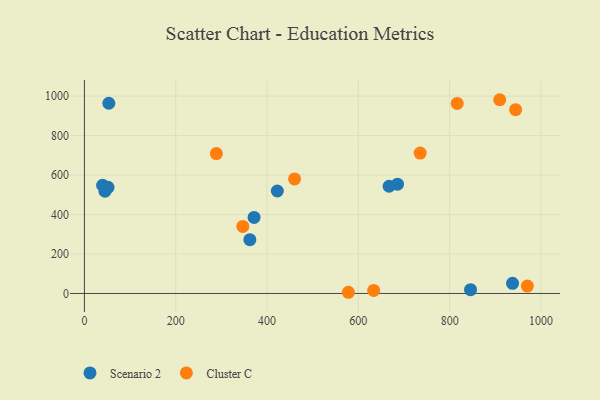
{"axis": {"x": "Speed", "y": "Rating"}, "legend": ["Cluster C", "Scenario 2"], "data": [{"x": "667.4", "y": 543.3, "type": "Scenario 2"}, {"x": "53.5", "y": 964.0, "type": "Scenario 2"}, {"x": "845.8", "y": 19.0, "type": "Scenario 2"}, {"x": "685.8", "y": 553.8, "type": "Scenario 2"}, {"x": "937.8", "y": 51.3, "type": "Scenario 2"}, {"x": "51.7", "y": 537.8, "type": "Scenario 2"}, {"x": "45.1", "y": 518.0, "type": "Scenario 2"}, {"x": "422.6", "y": 519.3, "type": "Scenario 2"}, {"x": "39.9", "y": 548.4, "type": "Scenario 2"}, {"x": "362.4", "y": 272.4, "type": "Scenario 2"}, {"x": "371.6", "y": 385.5, "type": "Scenario 2"}, {"x": "735.5", "y": 711.3, "type": "Cluster C"}, {"x": "633.6", "y": 15.3, "type": "Cluster C"}, {"x": "460.4", "y": 580.7, "type": "Cluster C"}, {"x": "347.0", "y": 339.5, "type": "Cluster C"}, {"x": "909.7", "y": 981.9, "type": "Cluster C"}, {"x": "578.2", "y": 6.0, "type": "Cluster C"}, {"x": "816.6", "y": 963.0, "type": "Cluster C"}, {"x": "944.5", "y": 931.6, "type": "Cluster C"}, {"x": "289.0", "y": 708.8, "type": "Cluster C"}, {"x": "970.3", "y": 37.2, "type": "Cluster C"}]}